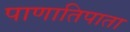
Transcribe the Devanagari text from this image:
पाणातिपाता